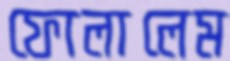
ফোলালেম